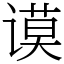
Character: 谟